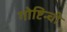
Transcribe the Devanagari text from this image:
गोष्टिन्ची